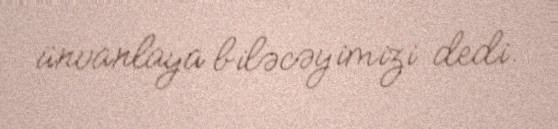
ünvanlaya biləcəyimizi dedi.